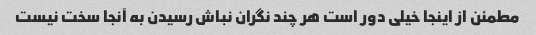
مطمئن از اینجا خیلی دور است هر چند نگران نباش رسیدن به آنجا سخت نیست